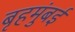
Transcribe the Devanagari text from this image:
बृहमुंबई